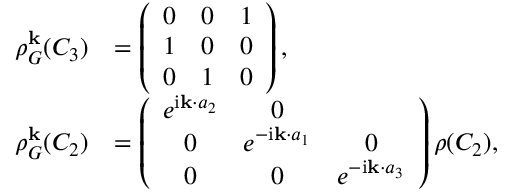
\begin{array} { r l } { \rho _ { G } ^ { \bf k } ( C _ { 3 } ) } & { = \left( \begin{array} { c c c } { 0 } & { 0 } & { 1 } \\ { 1 } & { 0 } & { 0 } \\ { 0 } & { 1 } & { 0 } \end{array} \right) , } \\ { \rho _ { G } ^ { \bf k } ( C _ { 2 } ) } & { = \left( \begin{array} { c c c } { e ^ { \mathrm { i } { \bf k } \cdot { a } _ { 2 } } } & { 0 } \\ { 0 } & { e ^ { - \mathrm { i } { \bf k } \cdot { a } _ { 1 } } } & { 0 } \\ { 0 } & { 0 } & { e ^ { - \mathrm { i } { \bf k } \cdot { a } _ { 3 } } } \end{array} \right) \rho ( C _ { 2 } ) , } \end{array}